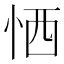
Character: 恓